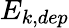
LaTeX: E_{k,dep}